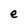
Character: e